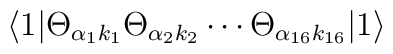
\langle1|\Theta_{\alpha_1 k_1}\Theta_{\alpha_2 k_2} \cdots\Theta_{\alpha_{16}k_{16}} |1\rangle